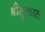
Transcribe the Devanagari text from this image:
श्रीसूक्तात